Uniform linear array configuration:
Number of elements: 32
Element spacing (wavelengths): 0.75
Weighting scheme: blackman
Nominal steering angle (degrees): -60
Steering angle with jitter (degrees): -61.281
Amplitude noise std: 0.05
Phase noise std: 0.05

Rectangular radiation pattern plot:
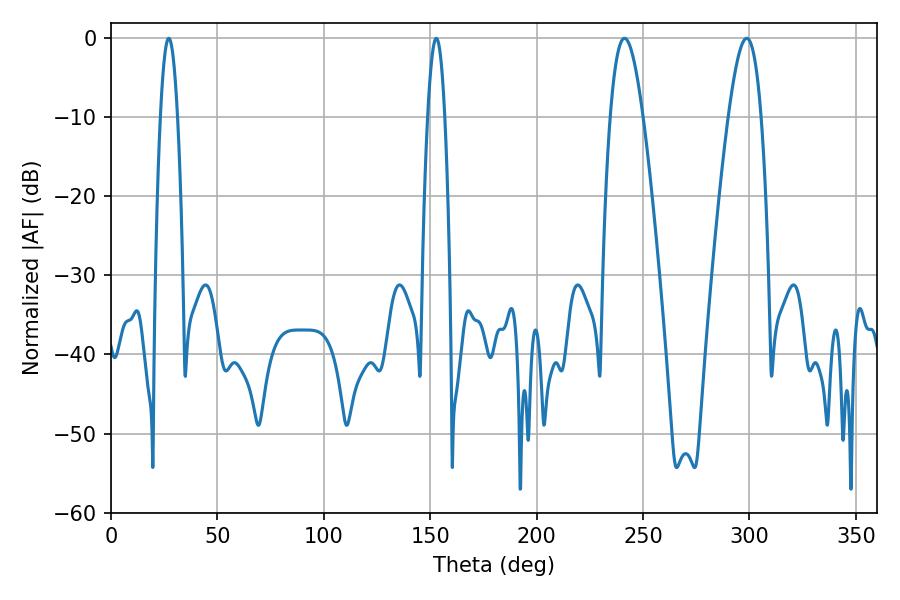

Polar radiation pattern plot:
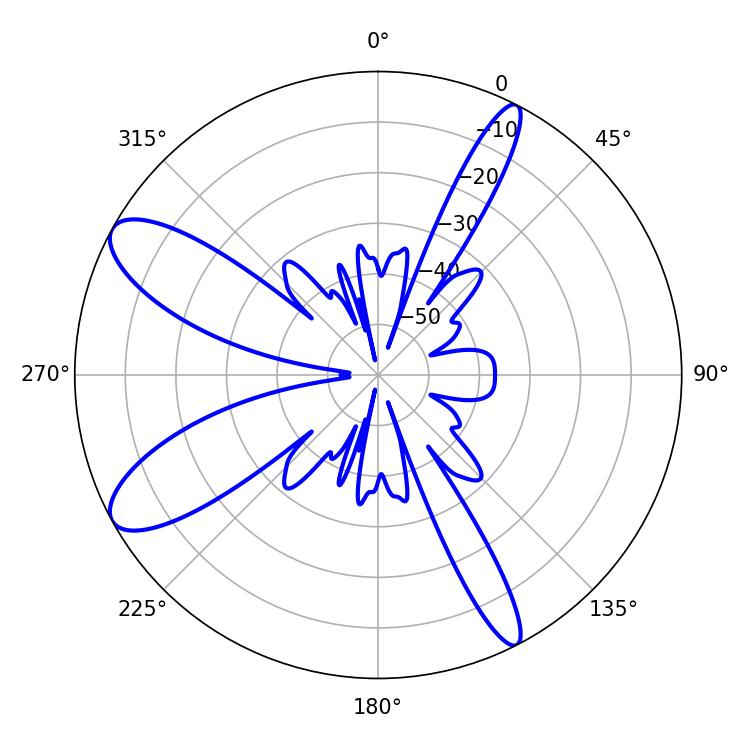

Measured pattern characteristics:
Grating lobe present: TRUE
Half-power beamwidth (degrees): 4.32
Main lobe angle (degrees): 27.18